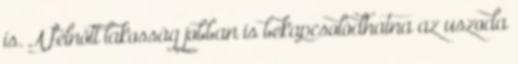
is. A felnőtt lakosság jobban is bekapcsolódhatna az uszoda